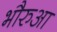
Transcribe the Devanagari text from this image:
भौरुआ